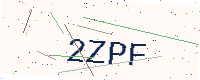
Text: 2ZPF